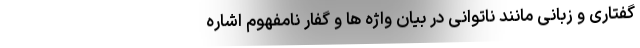
گفتاری و زبانی مانند ناتوانی در بیان واژه ها و گفار نامفهوم اشاره